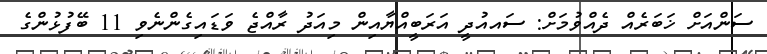
ސަންއަށް ޚަބަރެއް ދެއްވުމަށް: ސައއުދީ އަރަބީއްޔާއިން މިއަދު ރާއްޖެ ވަޑައިގެންނެވި 11 ބޭފުޅުންގެ